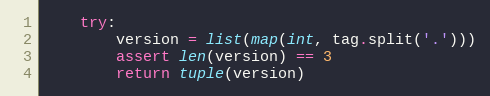
Language: Python
    try:
        version = list(map(int, tag.split('.')))
        assert len(version) == 3
        return tuple(version)